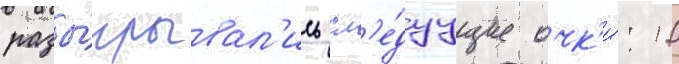
разы́грывал'ись сл'е́дуущие очк'и́: 10